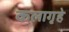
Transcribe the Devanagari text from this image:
कलागृहे